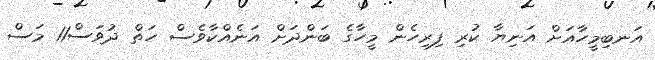
އަނބިމީހާއަށް އަނިޔާ ކުރި ފިރިހެން މީހާގެ ބަންދަށް އަނެއްކާވެސް ހަތް ދުވަސް11 މަސް